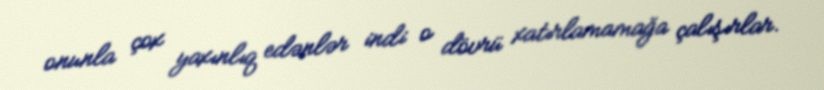
onunla çox yaxınlıq edənlər indi o dövrü xatırlamamağa çalışırlar.